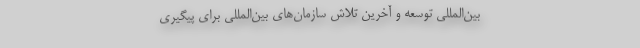
‌بین‌المللی توسعه و آخرین تلاش سازمان‌های ‌بین‌المللی برای پیگیری